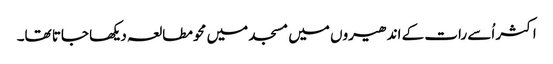
اکثر اُسے رات کے اندھیروں میں مسجد میں محو مطالعہ دیکھا جاتا تھا۔